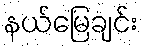
နယ်မြေချင်း